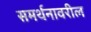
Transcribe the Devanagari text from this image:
समर्थनावरील